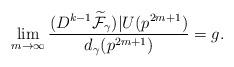
LaTeX: \begin{align*}\lim _{m\rightarrow \infty }\dfrac{(D^{k-1}\widetilde{\mathcal{F}}_{\gamma}) | U ( p^{2m+1})}{d_{\gamma}( p^{2m+1}) }=g.\end{align*}